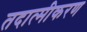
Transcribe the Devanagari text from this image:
तदात्मीकरण